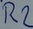
Text: R2